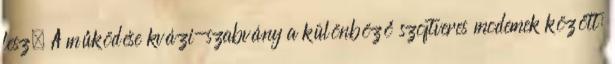
lesz. A működése kvázi-szabvány a különböző szoftveres modemek között: